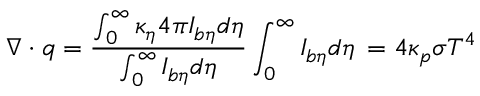
\nabla \cdot q = \frac { \int _ { 0 } ^ { \infty } \kappa _ { \eta } 4 \pi I _ { b \eta } d \eta } { \int _ { 0 } ^ { \infty } I _ { b \eta } d \eta } \int _ { 0 } ^ { \infty } I _ { b \eta } d \eta \, = 4 \kappa _ { p } \sigma T ^ { 4 }